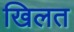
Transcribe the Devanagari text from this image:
खिलत